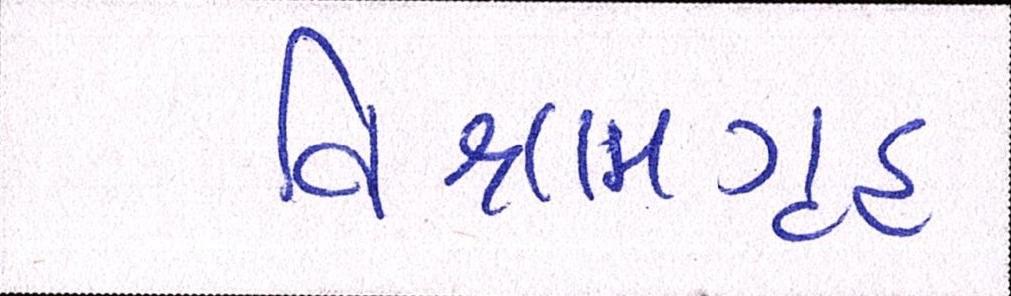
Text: વિશ્રામગૃહ